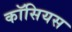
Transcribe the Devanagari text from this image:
कॉसियस